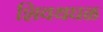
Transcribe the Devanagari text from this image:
शिवथघळ